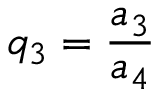
q _ { 3 } = \frac { a _ { 3 } } { a _ { 4 } }